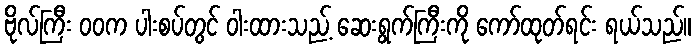
ဗိုလ်ကြီး ဝဝက ပါးစပ်တွင် ဝါးထားသည့် ဆေးရွက်ကြီးကို ကော်ထုတ်ရင်း ရယ်သည်။